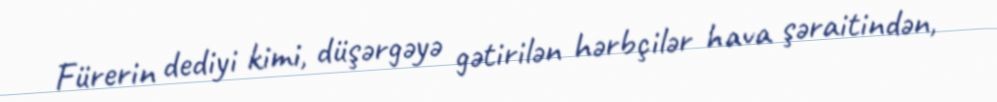
Fürerin dediyi kimi, düşərgəyə gətirilən hərbçilər hava şəraitindən,